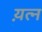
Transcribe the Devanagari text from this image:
य़त्न